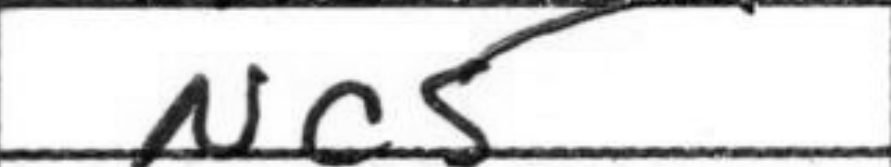
Transcription: Nc5